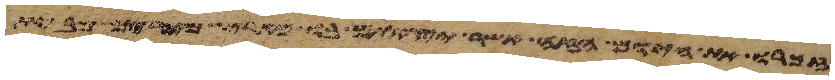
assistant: זכרו את היום הזה אשר יצאתם בו מארץ מצרים מבית